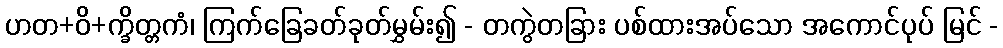
ဟတ+ဝိ+က္ခိတ္တကံ၊ ကြက်ခြေခတ်ခုတ်မွှမ်း၍ - တကွဲတခြား ပစ်ထားအပ်သော အကောင်ပုပ် မြင် -